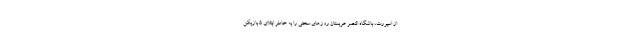
از اسپورت، باشگاه النصر عربستان روزهای سختی را به خاطر ابتلای ۵ بازیکن